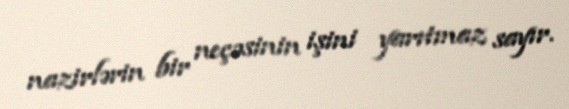
nazirlərin bir neçəsinin işini yarıtmaz sayır.